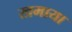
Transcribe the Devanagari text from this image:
खमाया